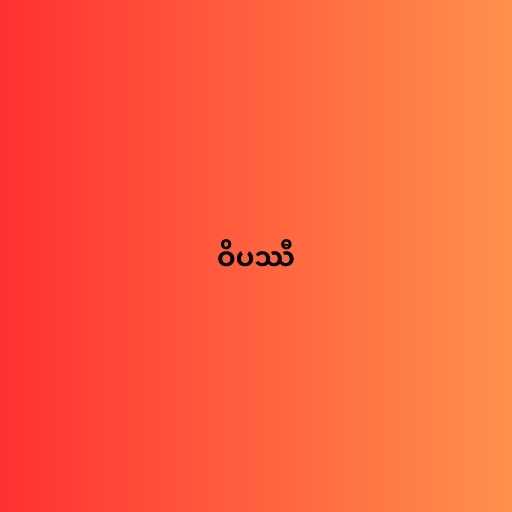
ဝိပဿီ